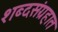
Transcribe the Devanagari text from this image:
शब्दसंग्रहात